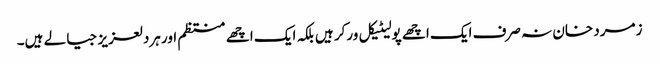
زمرد خان نہ صرف ایک اچھے پولیٹیکل ورکر ہیں بلکہ ایک اچھے منتظم اور ہردلعزیز جیالے ہیں۔